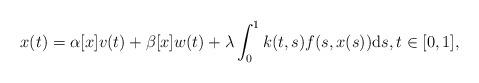
LaTeX: \begin{align*} x(t)=\alpha[x]v(t) + \beta[x]w(t) + \lambda \int_0^1 k(t,s)f(s,x(s))\textup ds, t \in [0,1],\end{align*}